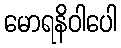
မောရနိဝါပေါ